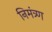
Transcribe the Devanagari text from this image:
निमंत्र्ण